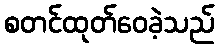
စတင်ထုတ်ဝေခဲ့သည်